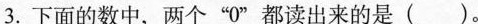
三、选择。(将正确答案的序号填在括号里)(每空1分，共11分)